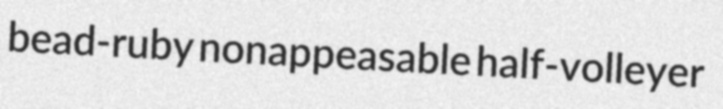
bead-ruby nonappeasable half-volleyer